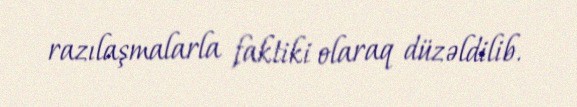
razılaşmalarla faktiki olaraq düzəldilib.